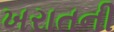
ખરાતની